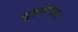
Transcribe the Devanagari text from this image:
दुडविचार